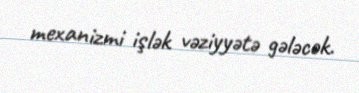
mexanizmi işlək vəziyyətə gələcək.